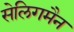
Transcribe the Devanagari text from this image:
सेलिगमैन